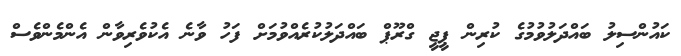
ކައުންސިލު ބައްދަލުވުމުގެ ކުރިން ޕީޖީ ގްރޫޕް ބައްދަލުކުރެއްވުމަށް ފަހު ވާނެ އެކުވެރިވާން އެންމެންވެސް